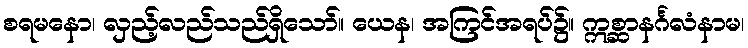
စရမနော၊ လှည့်လည်သည်ရှိသော်။ ယေန၊ အကြင်အရပ်၌။ ဣစ္ဆာနင်္ဂလံနာမ၊